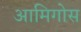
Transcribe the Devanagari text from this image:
आमिगोस